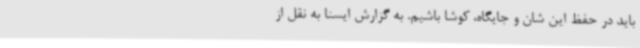
باید در حفظ این شان و جایگاه، کوشا باشیم. به گزارش ایسنا به نقل از